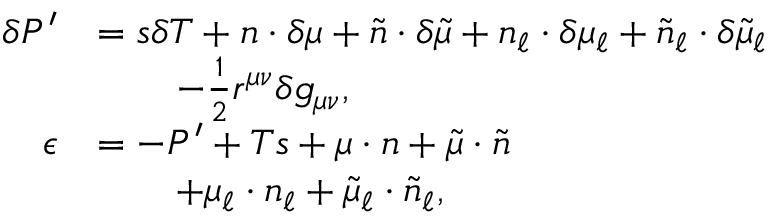
\begin{array} { r l } { \delta P ^ { \prime } } & { = s \delta T + n \cdot \delta \mu + \tilde { n } \cdot \delta \tilde { \mu } + n _ { \ell } \cdot \delta \mu _ { \ell } + \tilde { n } _ { \ell } \cdot \delta \tilde { \mu } _ { \ell } } \\ & { \qquad - \frac { 1 } { 2 } r ^ { \mu \nu } \delta g _ { \mu \nu } , } \\ { \epsilon } & { = - P ^ { \prime } + T s + \mu \cdot n + \tilde { \mu } \cdot \tilde { n } } \\ & { \qquad + \mu _ { \ell } \cdot n _ { \ell } + \tilde { \mu } _ { \ell } \cdot \tilde { n } _ { \ell } , } \end{array}